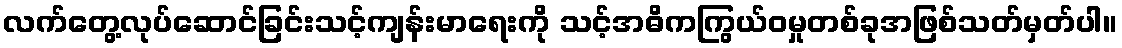
လက်တွေ့လုပ်ဆောင်ခြင်းသင့်ကျန်းမာရေးကို သင့်အဓိကကြွယ်ဝမှုတစ်ခုအဖြစ်သတ်မှတ်ပါ။